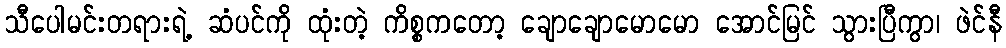
သီပေါမင်းတရားရဲ့ ဆံပင်ကို ထုံးတဲ့ ကိစ္စကတော့ ချောချောမောမော အောင်မြင် သွားပြီကွာ၊ ဖဲင်နီ